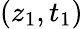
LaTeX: (z_{1},t_{1})